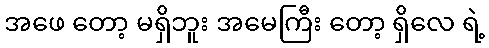
အဖေ တော့ မရှိဘူး အမေကြီး တော့ ရှိလေ ရဲ့